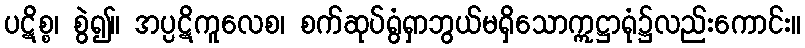
ပဋိစ္စ၊ စွဲ၍။ အပ္ပဋိကူလေစ၊ စက်ဆုပ်ရွံရှာဘွယ်မရှိသောဣဋ္ဌာရုံ၌လည်းကောင်း။